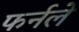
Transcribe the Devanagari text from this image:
फर्नले